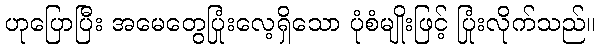
ဟုပြောပြီး အမေတွေပြုံးလေ့ရှိသော ပုံစံမျိုးဖြင့် ပြုံးလိုက်သည်။